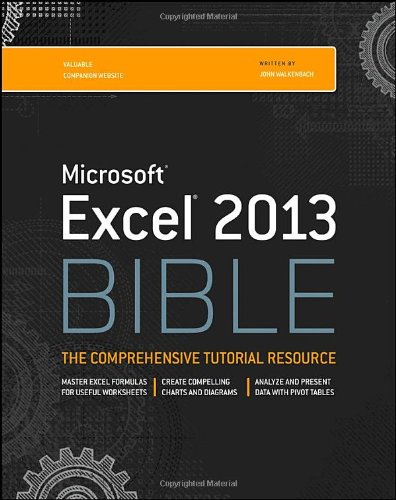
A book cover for Excel 2013 Bible; John Walkenbach; Computers & Technology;